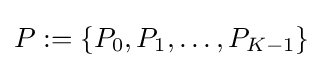
{\textstyle P:=\{P_{0},P_{1},\dots ,P_{K-1}\}}